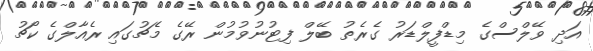
އަދި ވޭލްސްގެ މިޑްފީލްޑަރު ގެރެތު ބޭލް ފިޓުނުވުމުން ރޭގެ މެޗުގައި ރެއާލްގެ ކޯޗު